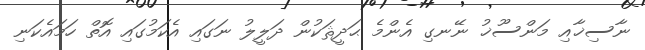
ނާސިޚާއި މަންސޫޚު ނޭނގި އެންމެ ޙަދީޘަކުން ދަލީލު ނަގައި އެކަމުގައި އޮތް ހަމައެކަނި